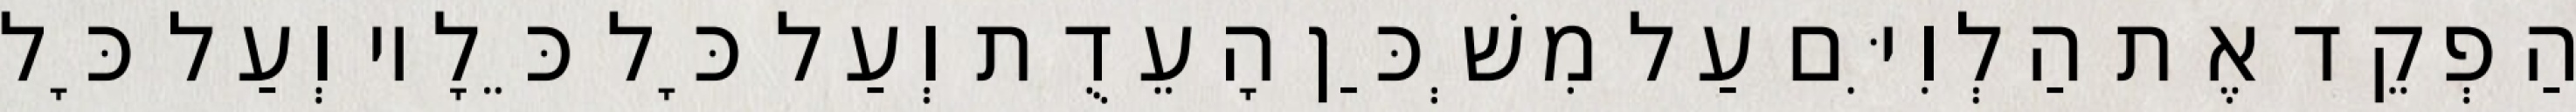
הַפְקֵד אֶת הַלְוִיִּם עַל מִשְׁכַּן הָעֵדֻת וְעַל כָּל כֵּלָיו וְעַל כָּל